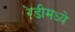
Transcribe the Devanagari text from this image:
रेडीमध्ये